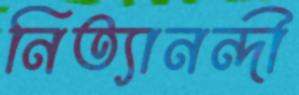
নিত্যানন্দী